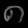
Digit: ၈